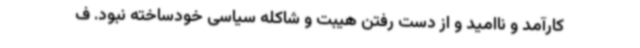
کارآمد و ناامید و از دست رفتن هیبت و شاکله سیاسی خودساخته نبود. ف